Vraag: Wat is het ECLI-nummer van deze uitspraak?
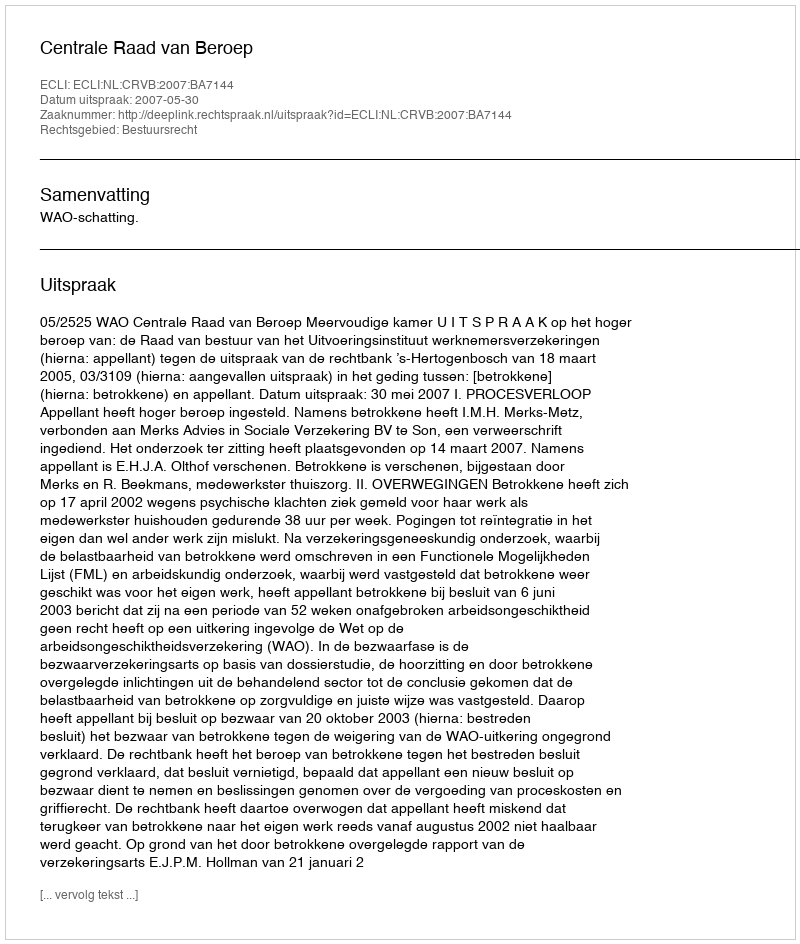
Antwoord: ECLI:NL:CRVB:2007:BA7144